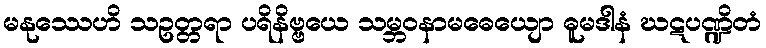
မနုဿေဟိ သဥတ္တရာ ပရိနိဗ္ဗယေ သမ္ဘဝနာမဓေယျော ဓူမဒါနံ ဃဋပဏ္ဍိတံ